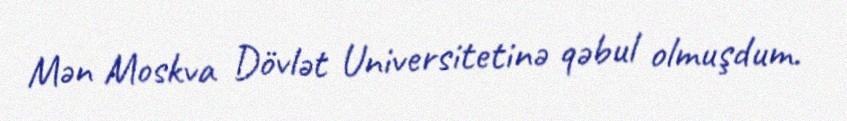
Mən Moskva Dövlət Universitetinə qəbul olmuşdum.